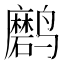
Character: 𲎉